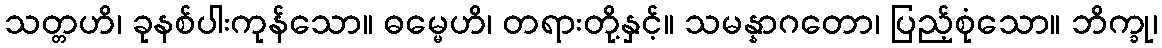
သတ္တဟိ၊ ခုနစ်ပါးကုန်သော။ ဓမ္မေဟိ၊ တရားတို့နှင့်။ သမန္နာဂတော၊ ပြည့်စုံသော။ ဘိက္ခု၊